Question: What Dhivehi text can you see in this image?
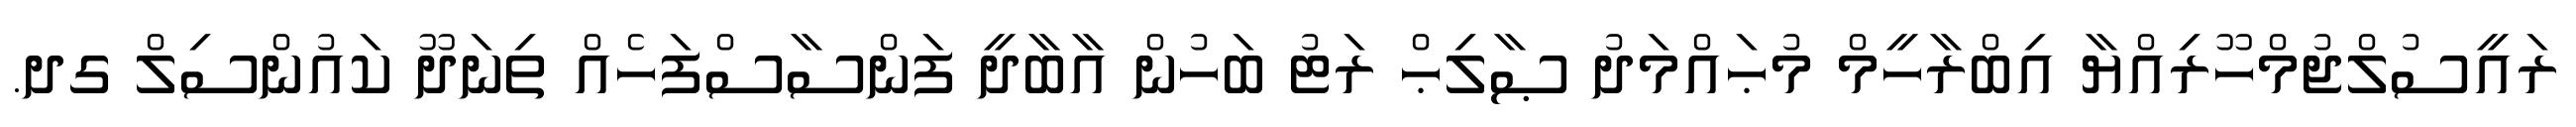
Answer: ރައީސުލްޖުމްހޫރިއްޔާ އިބްރާހީމް މުޙައްމަދު ޞާލިޙް ރަޓު ބަހުން އާބާދީ ފަންސާސްފަހެއް ތިނަދޫ ކައުންސިލް ގދ.